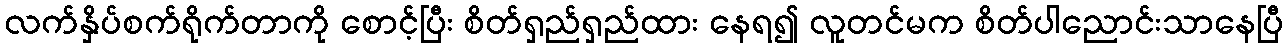
လက်နှိပ်စက်ရိုက်တာကို စောင့်ပြီး စိတ်ရှည်ရှည်ထား နေရ၍ လူတင်မက စိတ်ပါညောင်းသာနေပြီ